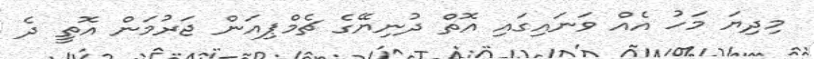
މިދިޔަ މަހު އެއް ވަނައިގައި އޮތް ދުނިޔޭގެ ޗެމްޕިއަން ޖަރުމަން އޮތީ ދެ